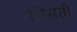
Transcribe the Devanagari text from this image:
पिसती